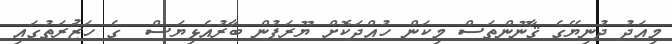
މިއަދު ދުނިޔޭގެ ޤާނޫންތަސް މިކަން ހުއްދަކޮށް ޔޫރަޕުން ބާރުއެޅިޔަސް  ގެ ހަޒުރަތުގައި